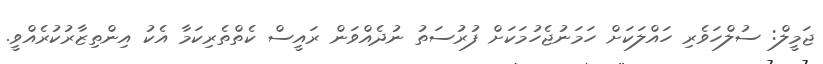
ޖަމީލް: ސުލްހަވެރި ހައްލަކަށް ހަމަނުޖެހުމަކަށް ފުރުސަތު ނުދެއްވަން ރައީސް ކެތްތެރިކަމާ އެކު އިންތިޒާރުކުރެއްވީ.